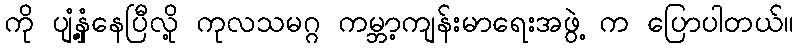
ကို ပျံ့နှံ့နေပြီလို့ ကုလသမဂ္ဂ ကမ္ဘာ့ကျန်းမာရေးအဖွဲ့ က ပြောပါတယ်။